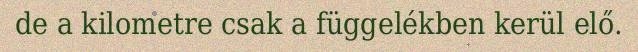
de a kilometre csak a függelékben kerül elő.